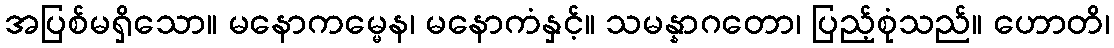
အပြစ်မရှိသော။ မနောကမ္မေန၊ မနောကံနှင့်။ သမန္နာဂတော၊ ပြည့်စုံသည်။ ဟောတိ၊